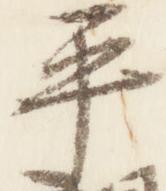
平